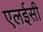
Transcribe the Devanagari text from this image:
एलईसी